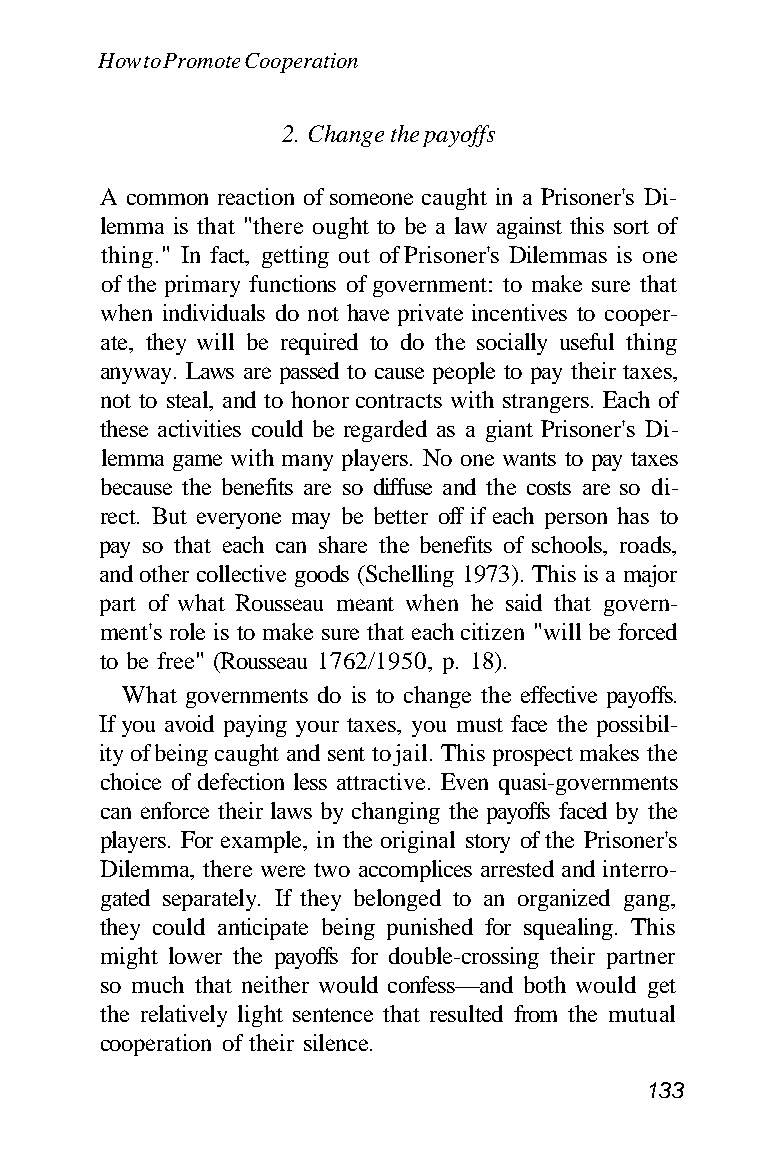
How to Promote Cooperation
 2. Change the payoffs
 A common reaction of someone caught in a Prisoner's Di-
 lemma is that "there ought to be a law against this sort of
 thing." In fact, getting out of Prisoner's Dilemmas is one
 of the primary functions of government: to make sure that
 when individuals do not have private incentives to cooper-
 ate, they will be required to do the socially useful thing
 anyway. Laws are passed to cause people to pay their taxes,
 not to steal, and to honor contracts with strangers. Each of
 these activities could be regarded as a giant Prisoner's Di-
 lemma game with many players. No one wants to pay taxes
 because the benefits are so diffuse and the costs are so di-
 rect. But everyone may be better off if each person has to
 pay so that each can share the benefits of schools, roads,
 and other collective goods (Schelling 1973). This is a major
 part of what Rousseau meant when he said that govern-
 ment's role is to make sure that each citizen "will be forced
 to be free" (Rousseau 1762/1950, p. 18).
 What governments do is to change the effective payoffs.
 If you avoid paying your taxes, you must face the possibil-
 ity of being caught and sent to jail. This prospect makes the
 choice of defection less attractive. Even quasi-governments
 can enforce their laws by changing the payoffs faced by the
 players. For example, in the original story of the Prisoner's
 Dilemma, there were two accomplices arrested and interro-
 gated separately. If they belonged to an organized gang,
 they could anticipate being punished for squealing. This
 might lower the payoffs for double-crossing their partner
 so much that neither would confess—and both would get
 the relatively light sentence that resulted from the mutual
 cooperation of their silence.
 133